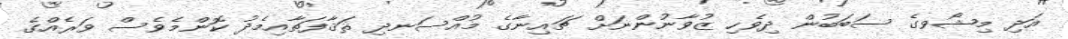
އަދި މިޝޯވގެ ސަބަބުން ދިވެހި ޒުވާނުންނަށް ޗައިނާގެ މުއްސަނދި ޘަޤާފަތާއިމެދު ކޮންމެވެސް ވަރެއްގެ